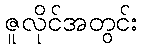
ဇူလိုင်အတွင်း